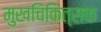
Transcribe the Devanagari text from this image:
मुखचिकित्सक